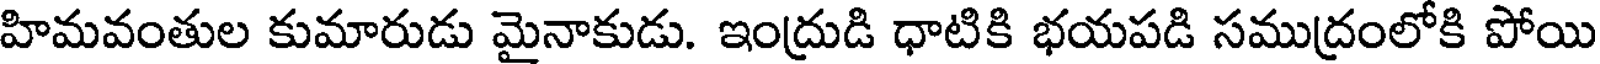
హిమవంతుల కుమారుడు మైనాకుడు. ఇంద్రుడి ధాటికి భయపడి సముద్రంలోకి పోయి